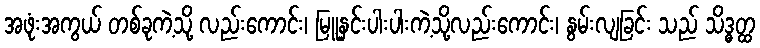
အဖုံးအကွယ် တစ်ခုကဲ့သို့ လည်းကောင်း၊ မြူနှင်းပါးပါးကဲ့သို့လည်းကောင်း၊ နွမ်းလျခြင်း သည် သိဒ္ဓတ္ထ